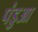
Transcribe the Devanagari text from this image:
पंडुआ